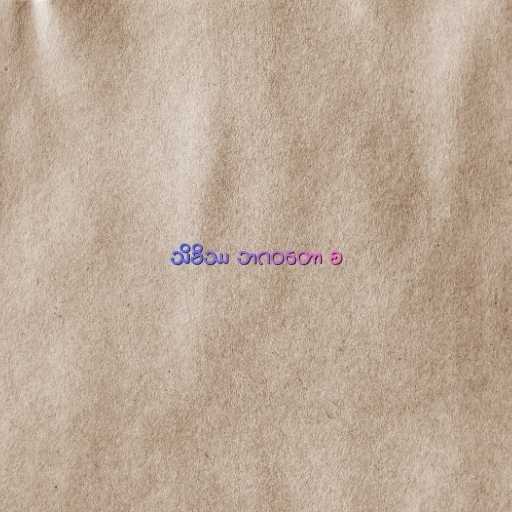
သိခိဿ ဘဂဝတော စ